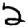
Digit: 2